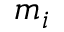
m _ { i }